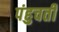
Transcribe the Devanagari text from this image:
पंहुचती